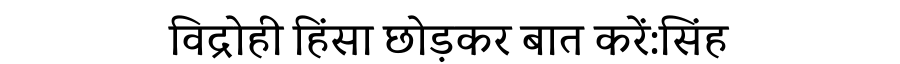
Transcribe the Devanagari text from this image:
विद्रोही हिंसा छोड़कर बात करें:सिंह